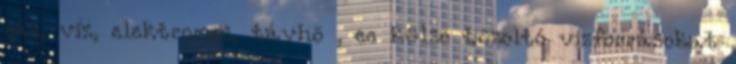
gáz, víz, elektromos, távhõ , ee külsõ tûzoltó vízforrásokat